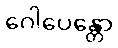
ဂေါပေန္တော